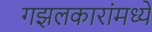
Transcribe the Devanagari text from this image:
गझलकारांमध्ये